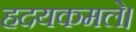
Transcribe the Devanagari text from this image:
हदयकमले।